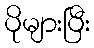
ပိုများပြီး